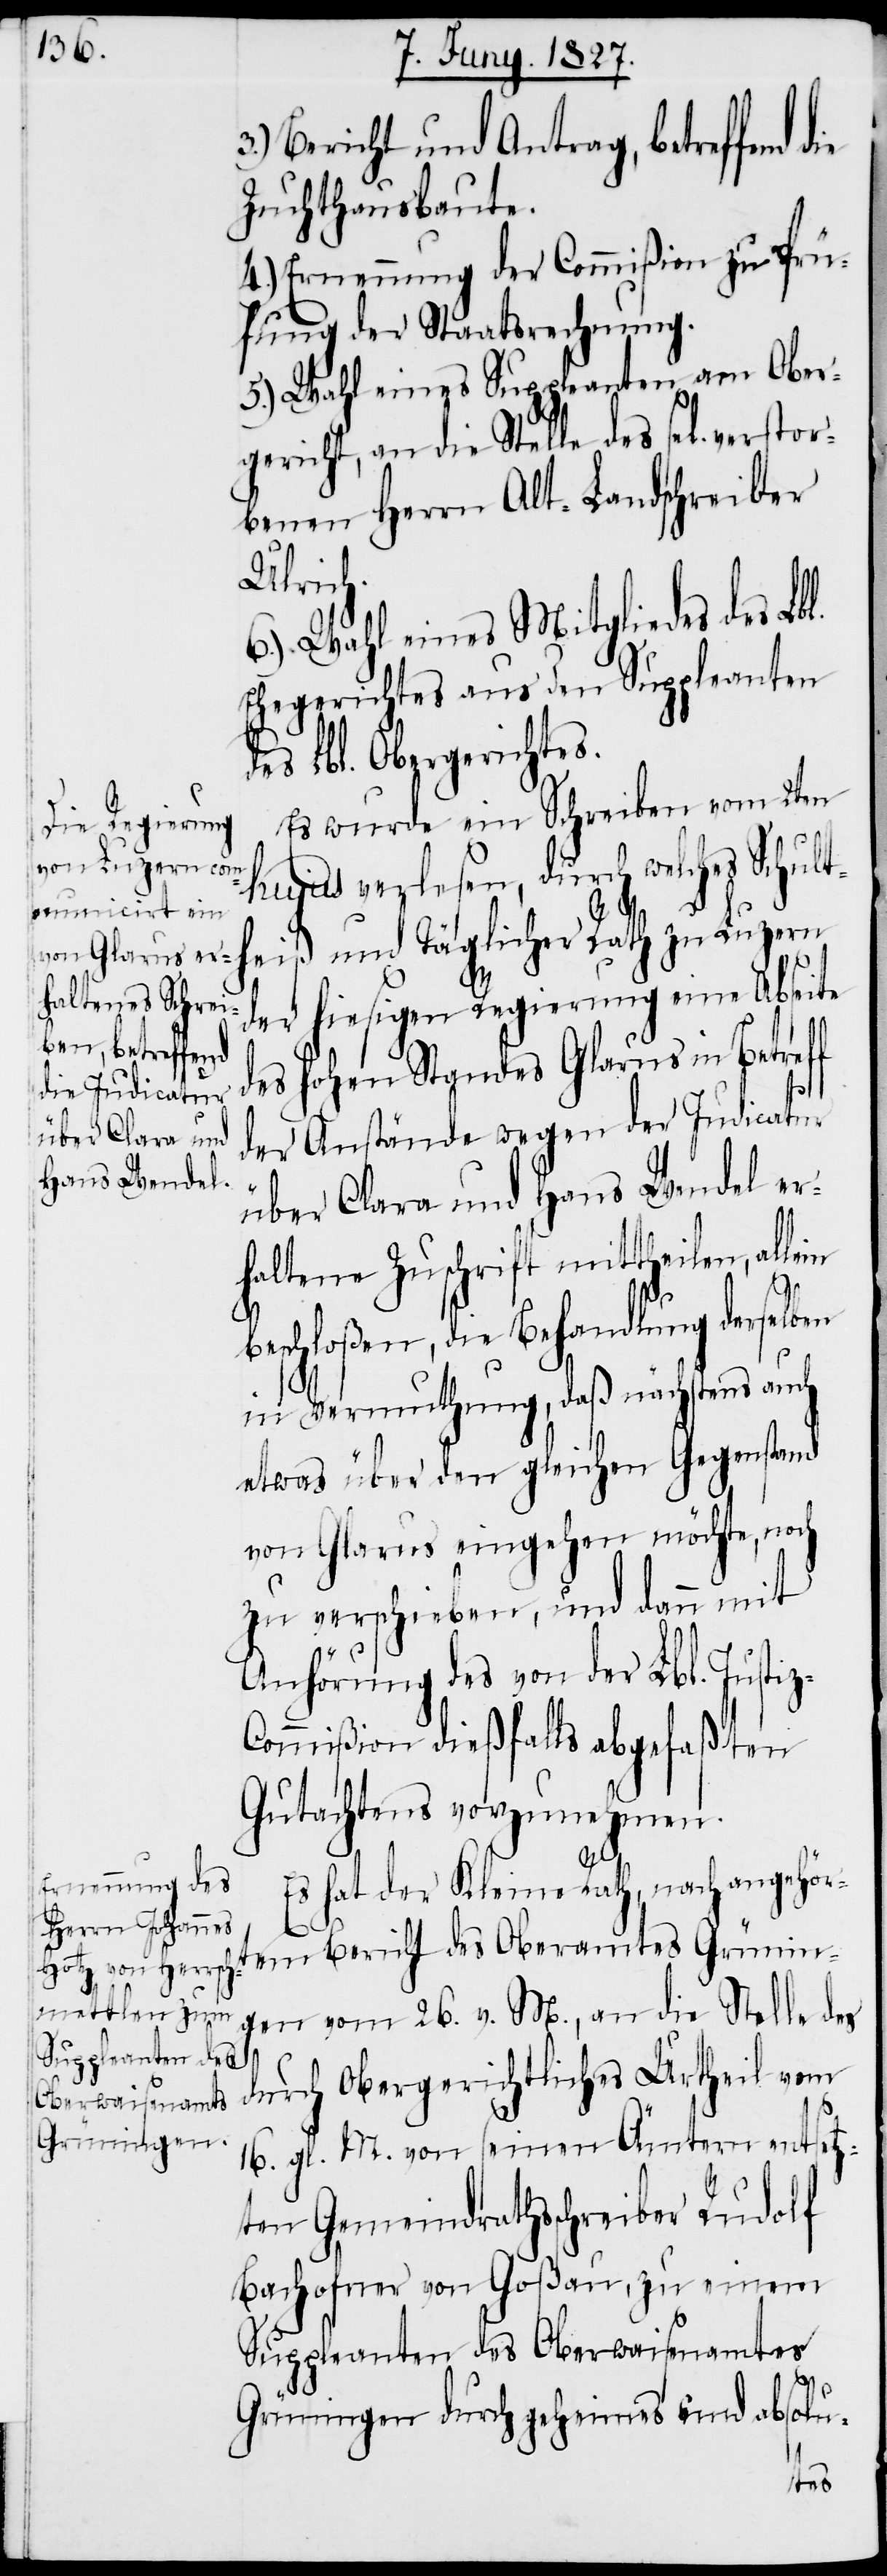
Bericht und Antrag, betreffend
Zuchthausbaute.
4.) Ernennung der Commißion zu Prü¬
fung der Staatsrechnung.
5.) Wahl eines Suppleanten am Ober¬
gericht, an die Stelle des sel[ig] vers¬
benen Herrn Alt-Landschreiber
Ulrich
6.) Wahl eines Mitgliedes des Lbl.
Ehegerichtes aus den Suppleanten
des Lbl. Obergerichtes.
Es wurde ein Schreiben vom 2ten
hujus verlesen, durch welches Schult¬
heiß und Täglicher Rath zu Luzern
der hiesigen Regierung eine Abseite
des hohen Standes Glarus in Betref¬
der Anstände wegen der Judicatur
über Clara und Hans Wendel er¬
haltene Zuschrift mittheilen, alle¬
z-C¬
beschloßen, die Behandlung derselben
in Vermuthung, daß nächstens auch
etwas über den gleichen Gegenstand
von Glarus eingehen möchte, noch
zu verschieben, und dann mit
Anhörung des von der Lbl. Justi¬
ommißion dießfalls abgefaßten
Gutachtens vorzunehmen.
Es hat der Kleine Rath, nach angehört¬
em Bericht des Oberamtes Grünin¬
gen vom 26. v. M., an die Stelle des
durch Obergerichtliches Urtheil vom
16. gl. M. von seinen Ämtern entsetz¬
ten Gemeindrathsschreiber Rudolf
Bachofner von Goßau, zu einem
Suppleanten des Oberwaisenamtes
Grüningen durch geheimes und absolu-